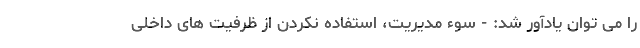
را می توان یادآور شد: - سوء مدیریت، استفاده نکردن از ظرفیت های داخلی